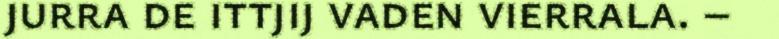
jurra de ittjij vaden vierrala. –